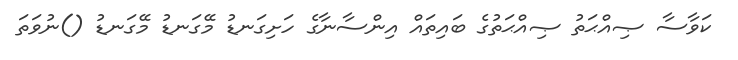
ކަވާސާ ޞިއްޙަތު ޞިއްޙަތުގެ ބައިތައް އިންސާނާގެ ހަށިގަނޑު މޭގަނޑު މޭގަނޑު ()ނުވަތަ